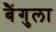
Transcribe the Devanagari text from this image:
बैंगुला